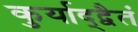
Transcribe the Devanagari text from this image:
कुर्याद्द्वैतं